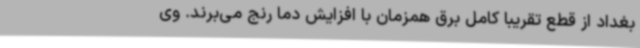
بغداد از قطع تقریبا کامل برق همزمان با افزایش دما رنج می‌برند. وی